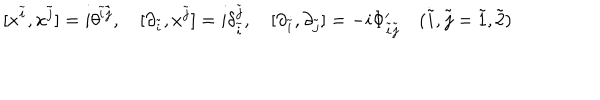
LaTeX: [ x ^ { \tilde { i } } , x ^ { \tilde { j } } ] = i \theta ^ { \ \! \! \tilde { i } \tilde { j } } , \quad [ \partial _ { \tilde { i } } , x ^ { \tilde { j } } ] = i \delta _ { \tilde { i } } ^ { \tilde { j } } , \quad [ \partial _ { \tilde { i } } , \partial _ { \tilde { j } } ] = - i \Phi _ { \tilde { i } \tilde { j } } ^ { \prime } \quad ( \tilde { i } , \tilde { j } = \tilde { 1 } , \tilde { 2 } )